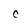
Character: c